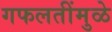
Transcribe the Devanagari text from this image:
गफलतींमुळे